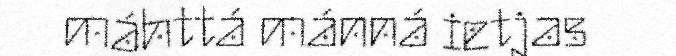
máhttá mánná ietjas